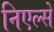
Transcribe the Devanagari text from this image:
निएल्सें